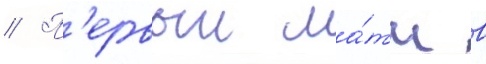
// П'ервыи ма́тч в